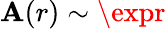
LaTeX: \mathbf{A}(r)\sim\expr